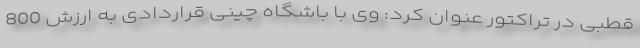
قطبی در تراکتور عنوان کرد: وی با باشگاه چینی قراردادی به ارزش 800